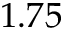
1 . 7 5